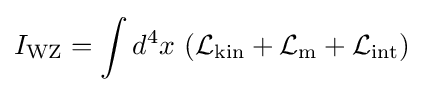
I_{\text{WZ}}=\int d^{4}x\ ({\mathcal {L}}_{\text{kin}}+{\mathcal {L}}_{\text{m}}+{\mathcal {L}}_{\text{int}})